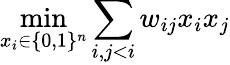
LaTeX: \operatorname*{min}_{x_{i}\in\{ 0,1\} ^{n}}\sum_{i,j<i}w_{ij}x_{i}x_{j}